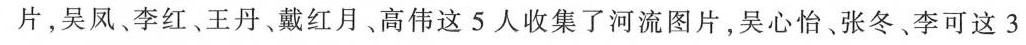
片，吴凤、李红、王丹、戴红月、高伟这5人收集了河流图片，吴心怡、张冬、李可这3